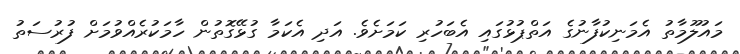
މައުލޫމާތު އެމަނިކުފާނުގެ އަތްޕުޅުގައި އެބަހުރި ކަމަށެވެ. އަދި އެކަމާ ގުޅޭގޮތުން ހާމަކުރެއްވުމަށް ފުރުސަތު